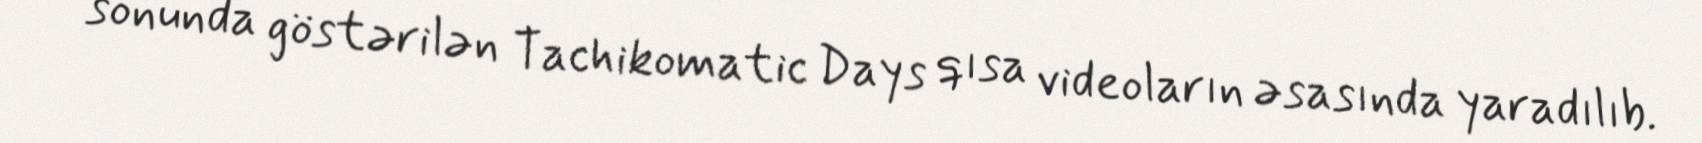
sonunda göstərilən Tachikomatic Days qısa videoların əsasında yaradılıb.